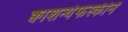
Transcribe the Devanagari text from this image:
क्वाशन्येफस्कीने